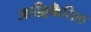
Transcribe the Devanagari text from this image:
आफ़्रिकॆतिल